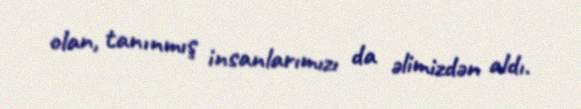
olan, tanınmış insanlarımızı da əlimizdən aldı.